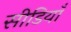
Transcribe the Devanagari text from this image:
सीडियाँ